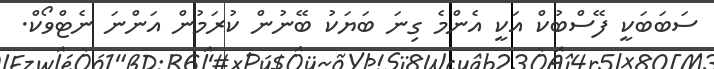
ސަބަބަކީ ފޭސްބުކް އަކީ އެންމެ ގިނަ ބަޔަކު ބޭނުން ކުރަމުން އަންނަ ނެޓްވޯކް.